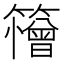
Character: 𮆱